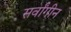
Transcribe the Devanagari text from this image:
सर्वांगीन